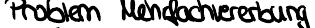
Problem Mehrfachvererbung